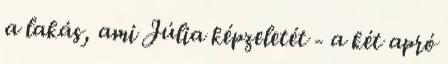
a lakás, ami Júlia képzeletét - a két apró